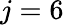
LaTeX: j=6